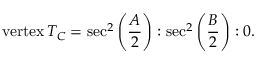
{ \mathrm { v e r t e x } } \, T _ { C } = \sec ^ { 2 } \left( { \frac { A } { 2 } } \right) : \sec ^ { 2 } \left( { \frac { B } { 2 } } \right) : 0 .